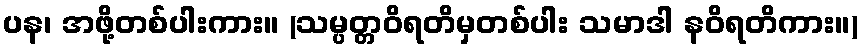
ပန၊ အဖို့တစ်ပါးကား။ (သမ္ပတ္တဝိရတိမှတစ်ပါး သမာဒါ နဝိရတိကား။)